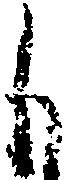
も